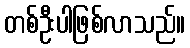
တစ်ဦးပါဖြစ်လာသည်။